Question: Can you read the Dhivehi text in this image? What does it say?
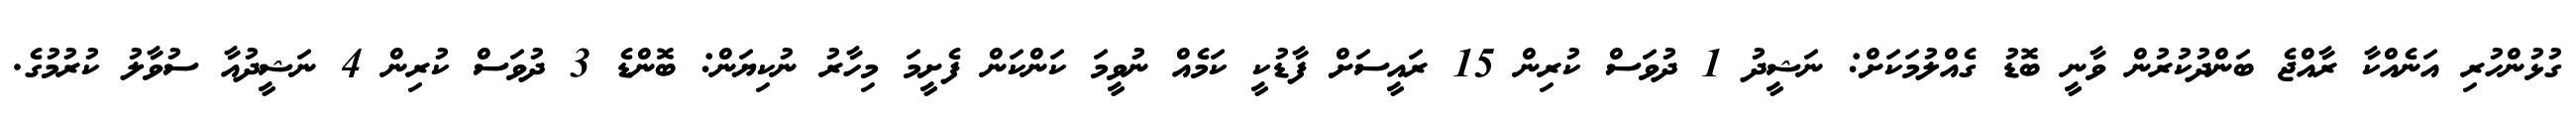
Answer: ގުޅުންހުރި އަނެއްކާ ރާއްޖެ ބަންދުކުރުން ވާނީ ބޮޑު ގެއްލުމަކަށް: ނަޝީދު 1 ދުވަސް ކުރިން 15 ރައީސަށް ފާޑުކީ ކަމެއް ނުވީމަ ކަންކަން ފެށީމަ މިހާރު ނުކިޔަން: ބޮންޑެ 3 ދުވަސް ކުރިން 4 ނަޝީދުއާ ސުވާލު ކުރުމުގެ.